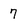
Character: 7